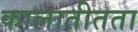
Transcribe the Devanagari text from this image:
कालातीतता